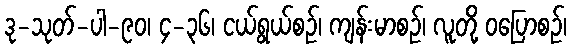
ဒု-သုတ်-ပါ-၉၀၊ ၄-၃၆၊ ငယ်ရွယ်စဉ်၊ ကျန်းမာစဉ်၊ လူတို့ ဝပြောစဉ်၊